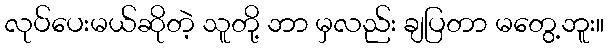
လုပ်ပေးမယ်ဆိုတဲ့ သူတို့ ဘာ မှလည်း ချပြတာ မတွေ့ဘူး။